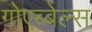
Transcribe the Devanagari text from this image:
गोएब्बेल्स